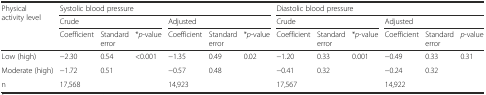
<table><thead><tr><td rowspan="3"><b>Physical activity level</b></td><td colspan="6"><b>Systolic blood pressure</b></td><td colspan="6"><b>Diastolic blood pressure</b></td></tr><tr><td colspan="3"><b>Crude</b></td><td colspan="3"><b>Adjusted</b></td><td colspan="3"><b>Crude</b></td><td colspan="3"><b>Adjusted</b></td></tr><tr><td><b>Coefficient</b></td><td><b>Standard error</b></td><td><b>*<i>p</i>-value</b></td><td><b>Coefficient</b></td><td><b>Standard error</b></td><td><b>*<i>p</i>-value</b></td><td><b>Coefficient</b></td><td><b>Standard error</b></td><td><b>*<i>p</i>-value</b></td><td><b>Coefficient</b></td><td><b>Standard error</b></td><td><b><i>p</i>-value</b></td></tr></thead><tbody><tr><td>Low (high)</td><td>−2.30</td><td>0.54</td><td rowspan="2">&lt;0.001</td><td>−1.35</td><td>0.49</td><td rowspan="2">0.02</td><td>−1.20</td><td>0.33</td><td rowspan="2">0.001</td><td>−0.49</td><td>0.33</td><td rowspan="2">0.31</td></tr><tr><td>Moderate (high)</td><td>−1.72</td><td>0.51</td><td>−0.57</td><td>0.48</td><td>−0.41</td><td>0.32</td><td>−0.24</td><td>0.32</td></tr><tr><td>n</td><td colspan="3">17,568</td><td colspan="3">14,923</td><td colspan="3">17,567</td><td colspan="3">14,922</td></tr></tbody></table>